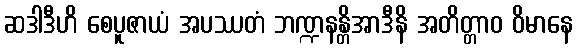
ဆဒါဒီဟိ စေပူဇာယံ အပဿတံ ဘဏ္ဍနန္တိအာဒီနိ အတိတ္တာဝ ဝိမာနေ